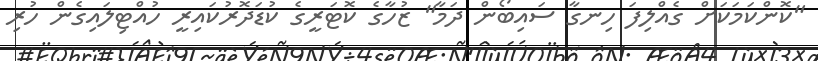
"ކޮންކަމަކަށް ގެއްލިފަ ހިނގާ ސައިބޯން ދަމާ" ޒުހާގެ ކޮޓަރީގެ ކުޑަދޮރުކައިރީ ހުއްޓިލައިގެން ހުރި